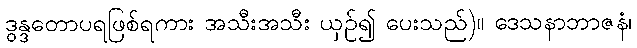
ဒွန္ဒတောပရဖြစ်ရကား အသီးအသီး ယှဉ်၍ ပေးသည်)။ ဒေသနာဘာဇနံ၊